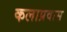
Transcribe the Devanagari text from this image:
कलाप्रवास